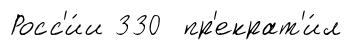
Росс'и́и 330 пр'екрат'и́л